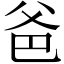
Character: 爸